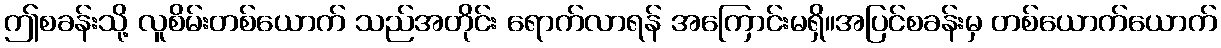
ဤစခန်းသို့ လူစိမ်းတစ်ယောက် သည်အတိုင်း ရောက်လာရန် အကြောင်းမရှိ။အပြင်စခန်းမှ တစ်ယောက်ယောက်